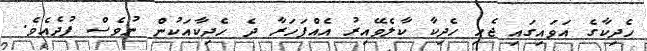
ހެދިކާގެ އަވައިގައި ޖެހި ހެދިކާ ކާލެވޭއިރު އެއްފަހަރާ ދެ ހެދިކާއަކުން ނުވެސް ފުދެއެވެ.